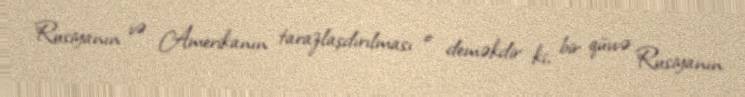
Rusiyanın və Amerikanın tarazlaşdırılması o deməkdir ki, bir qüvvə Rusiyanın